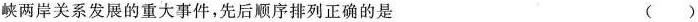
峡两岸关系发展的重大事件，先后顺序排列正确的是 （）